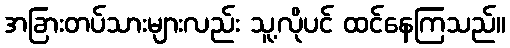
အခြားတပ်သားများလည်း သူ့လိုပင် ထင်နေကြသည်။